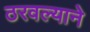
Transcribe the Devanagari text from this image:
ठरवल्याने